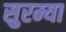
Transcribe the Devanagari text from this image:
सुरम्या